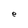
Character: e